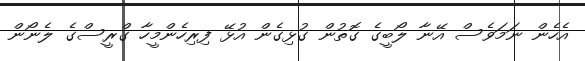
އެހެން ނަމަވެސް އޭނާ ލޯބީގެ ގޮތުން ގުޅިގެން އުޅޭ ފިރިހެންމީހާ ގްރީސްގެ ލެނޯން